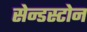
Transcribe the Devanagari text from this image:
सेन्डस्टोन